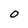
Character: O